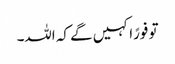
تو فورًاکہیں گے کہ اللہ۔